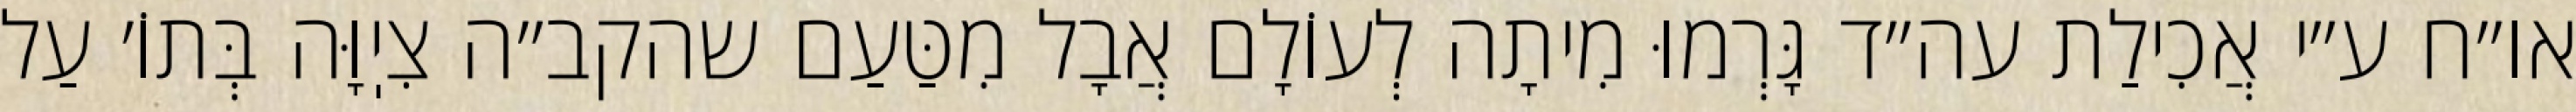
או״ח ע״י אֲכִילַת עה״ד גָּרְמוּ מִיתָה לְעוֹלָם אֲבָל מִטַּעַם שהקב״ה צִיֽוָּה בְּתוֹ׳ עַל